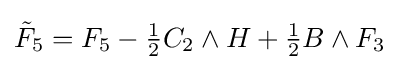
{\tilde {F}}_{5}=F_{5}-{\tfrac {1}{2}}C_{2}\wedge H+{\tfrac {1}{2}}B\wedge F_{3}